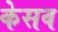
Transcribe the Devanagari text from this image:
केसव